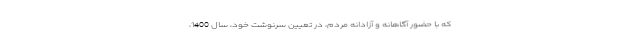
که با حضور آگاهانه و آزادانه مردم، در تعیین سرنوشت خود، سال 1400،